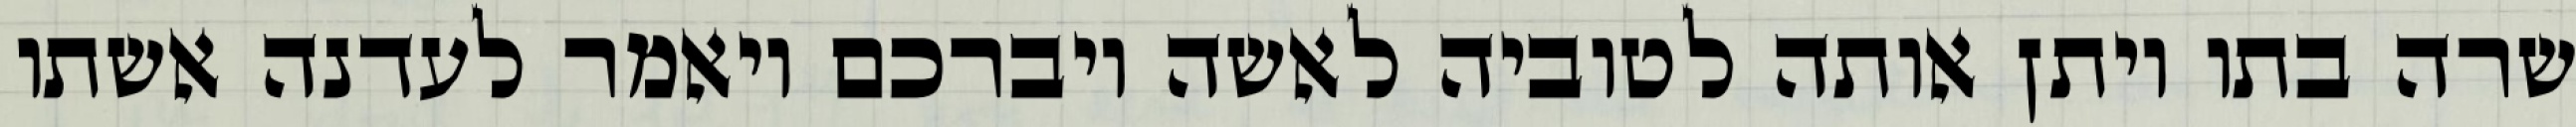
שרה בתו ויתן אותה לטוביה לאשה ויברכם ויאמר לעדנה אשתו